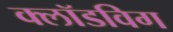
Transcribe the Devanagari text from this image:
क्लॉडविग